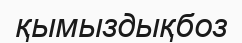
қымыздықбоз